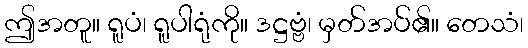
ဤအတူ။ ရူပံ၊ ရူပါရုံကို။ ဒဋ္ဌဗ္ဗံ၊ မှတ်အပ်၏။ တေသံ၊